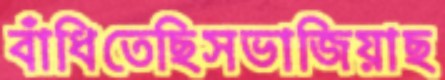
বাঁধিতেছিসভাজিয়াছ